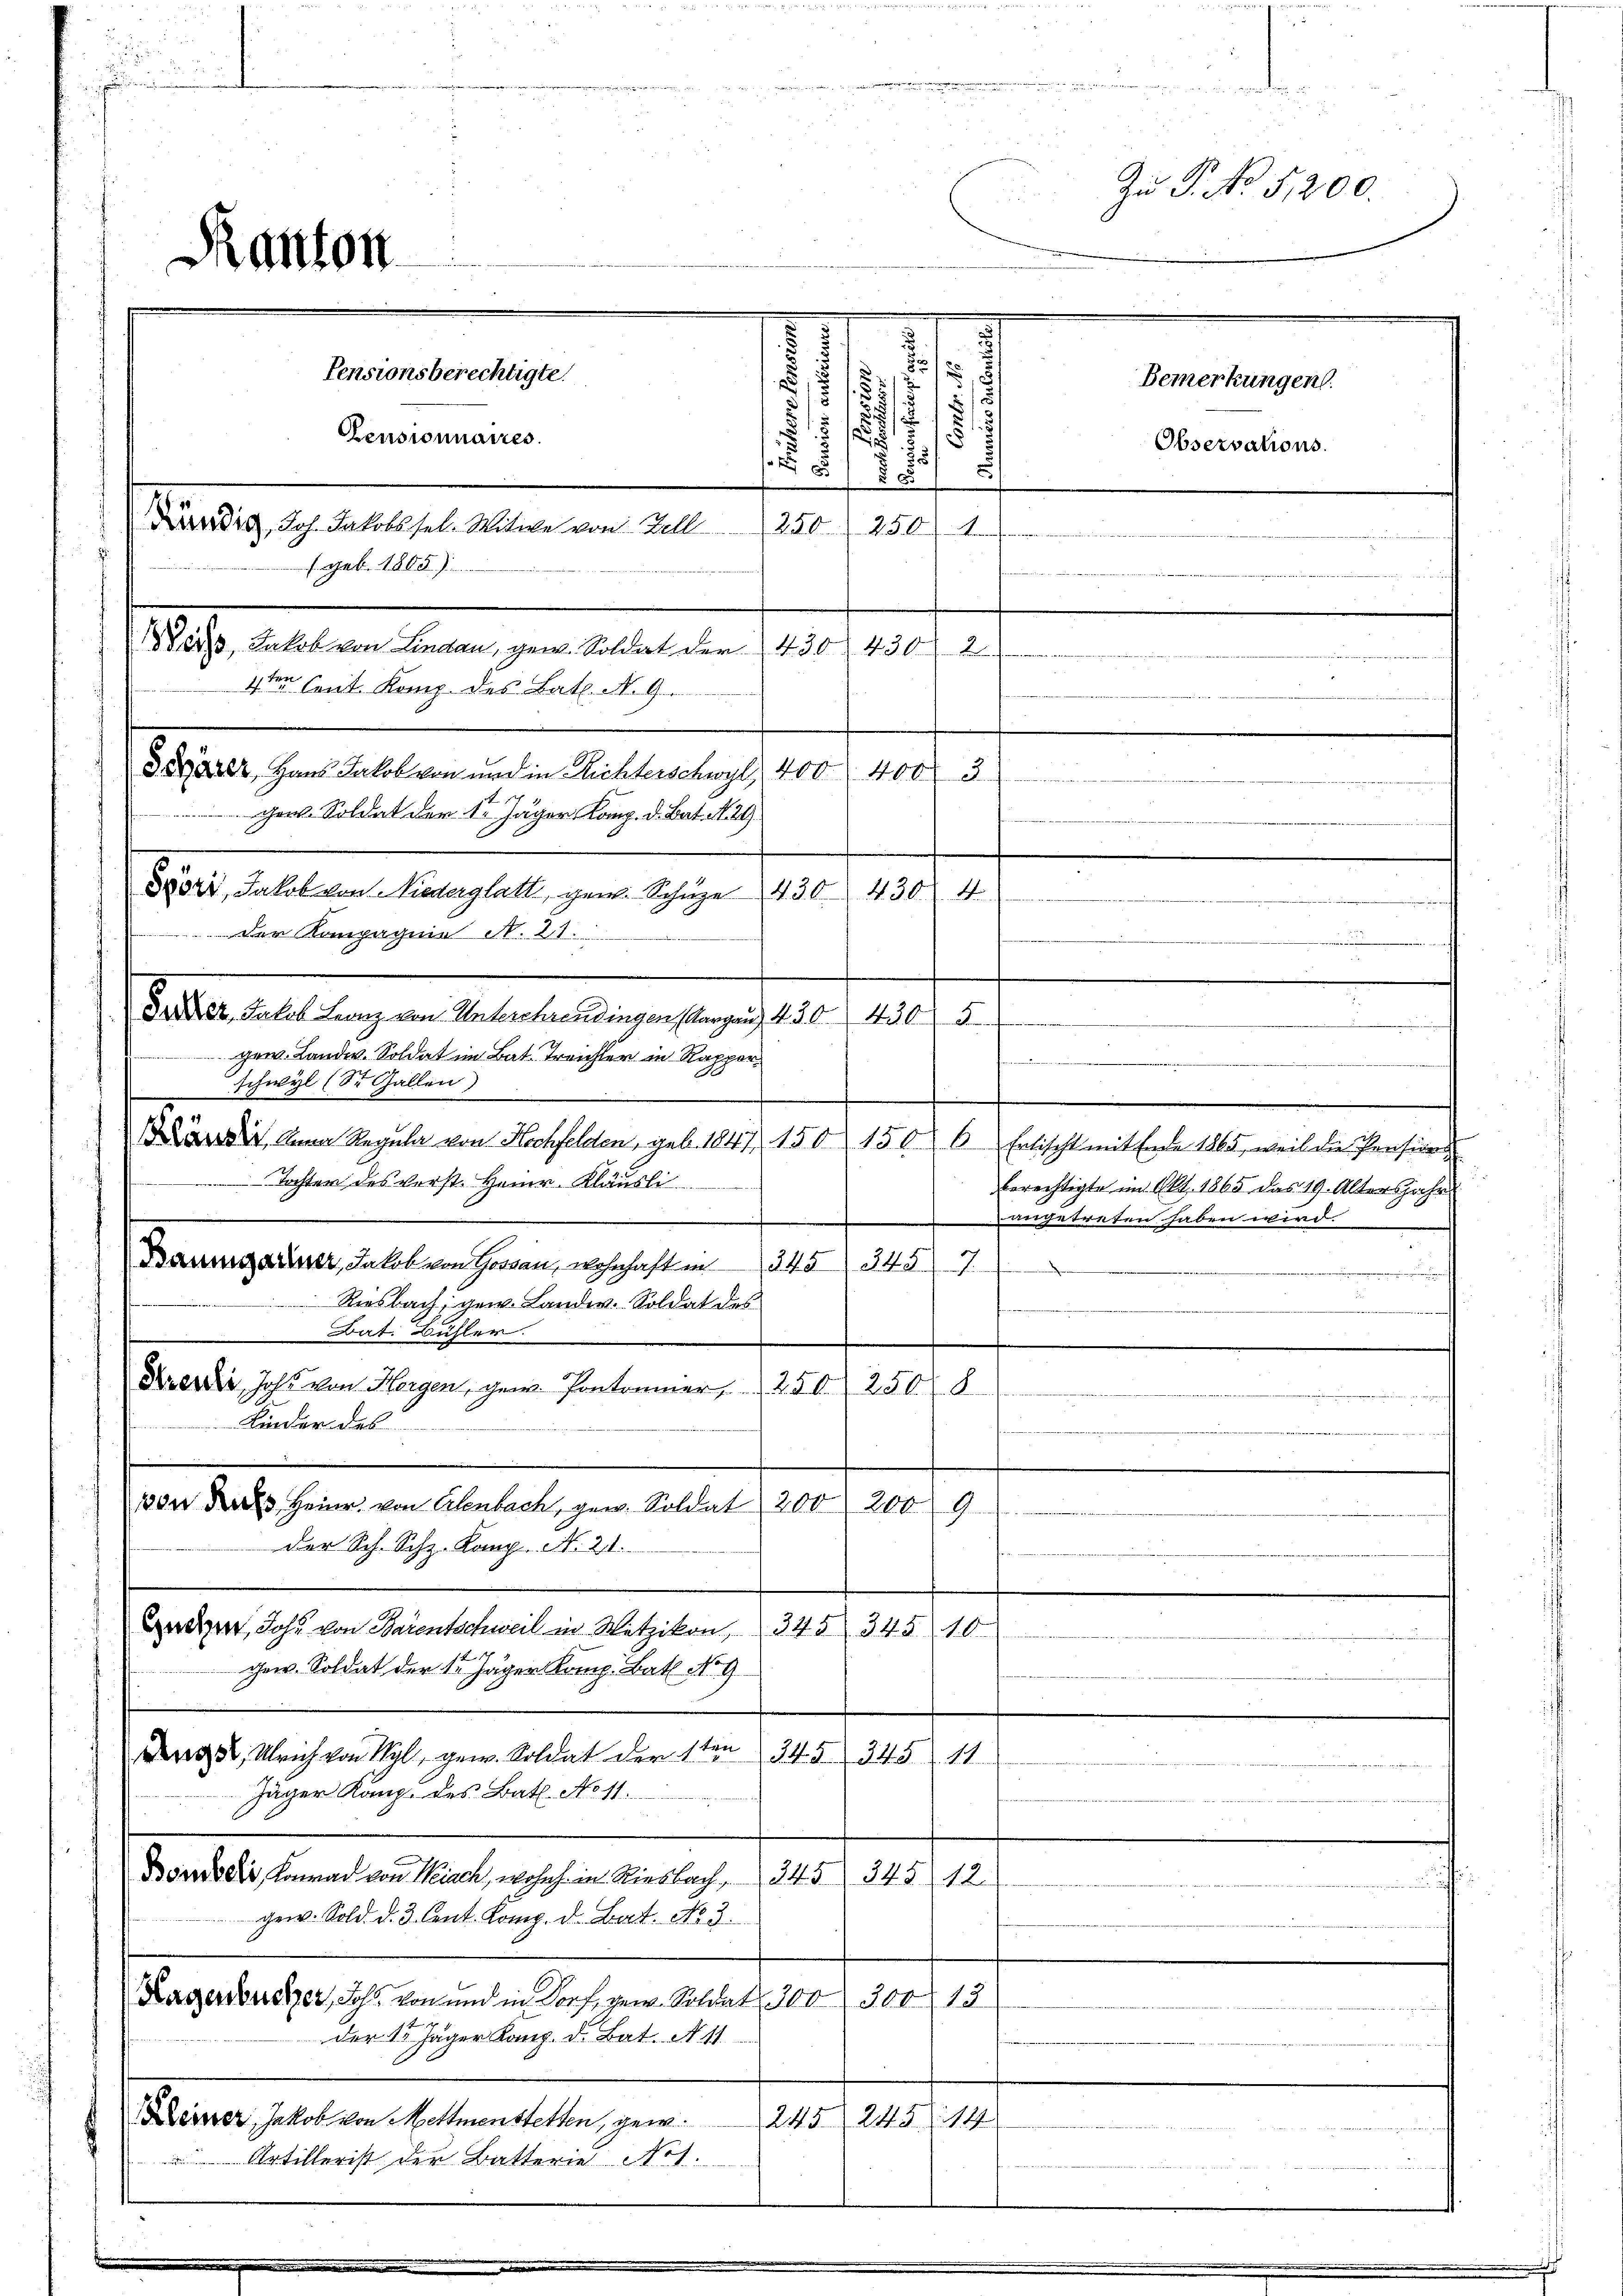
31
15
i
51
.
520
aus der ich alles alten in 1820.
250. 256 1
. sub. 1805)
Wörte, Jakob von Lindau, gew. Soldat der 430 f 430 2
4ten Cent Komp. des Bat. N. 9
d Vater, Hans Jakob von und in Richterschwyl, 400 400 3
Ger. Soldat der 1. Jäger Komp. d. Bat. N. 29.
1234, Soll von Mangelt
430.
1450
 Der Kompagnie N. 21.
Drer, Jakob Franz von Unterschrendingen, Aargau) 430. 430 5
gew. Landw. Soldat im Bat. Treichler in Rapper¬

schwyl (St. Gallen)
S
.
it Anna Regula von Hochfelden, geb. 1847. 150 1506 Ertischt mit Ende 1865, weil die Pension
Tochter des verst. Heinr. Kläusli
berechtigte im Okt. 1865 das 19. Altersjahr
angetreten haben wird.
.
Baumgartner, Jakob von Horgen, wohnhaft in 345 3457.
Riesbach, gew. Lande. Soldat des
Bat. Bühler.
Dedii Joh. von Hergen, gew. Pontorier, 250. 250 8
Kinder des
1000 des Heinr. von Erlenbach, gew. Soldat 200 200
9
der Sch. Schz. Komp. N. 21.
eder Joh. von Barentschweil in Wetzikon, 345 345. 10
gew. Soldat der Nr Jäger Komp. Bat No 9

g, Ulrich von Wyl, gew. Soldat der 1ten 345 345 11
Jäger Kanz. des Bat. No 11.
Bondo die Konrad von Weiach, wohnh. in Riesbach, 245 345 12.
gew. Sold. d. 3. Cent. Komp. d. Bat. No. 3.
Kagersbereizer, Ichs von und in Dorf, gew. Soldat 300. 300. 13
der 15 Jäger Kong. d. Bat. N. 11.
Later halten Gestamenten gene
245. 245 (144
Artillerist der Batterie No 1.
u

Ranton

Pensionsberechtigte.
Pensionnaires.

t
Zu P. No 5,200.
n
3
s
/
Bemerkungen.
s
.
15
Observations.
 85
nemann und wegen ein

4

mnt wie es der

e